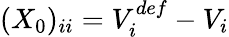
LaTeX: (X_{0})_{ii}=V_{i}^{def}-V_{i}